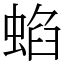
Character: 蜭